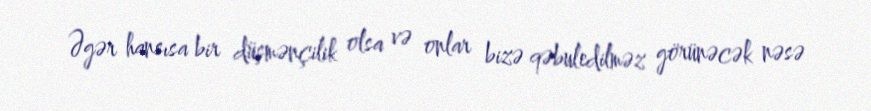
Əgər hansısa bir düşmənçilik olsa və onlar bizə qəbuledilməz görünəcək nəsə